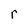
Character: r